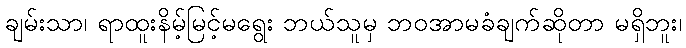
ချမ်းသာ၊ ရာထူးနိမ့်မြင့်မရွေး ဘယ်သူမှ ဘဝအာမခံချက်ဆိုတာ မရှိဘူး၊